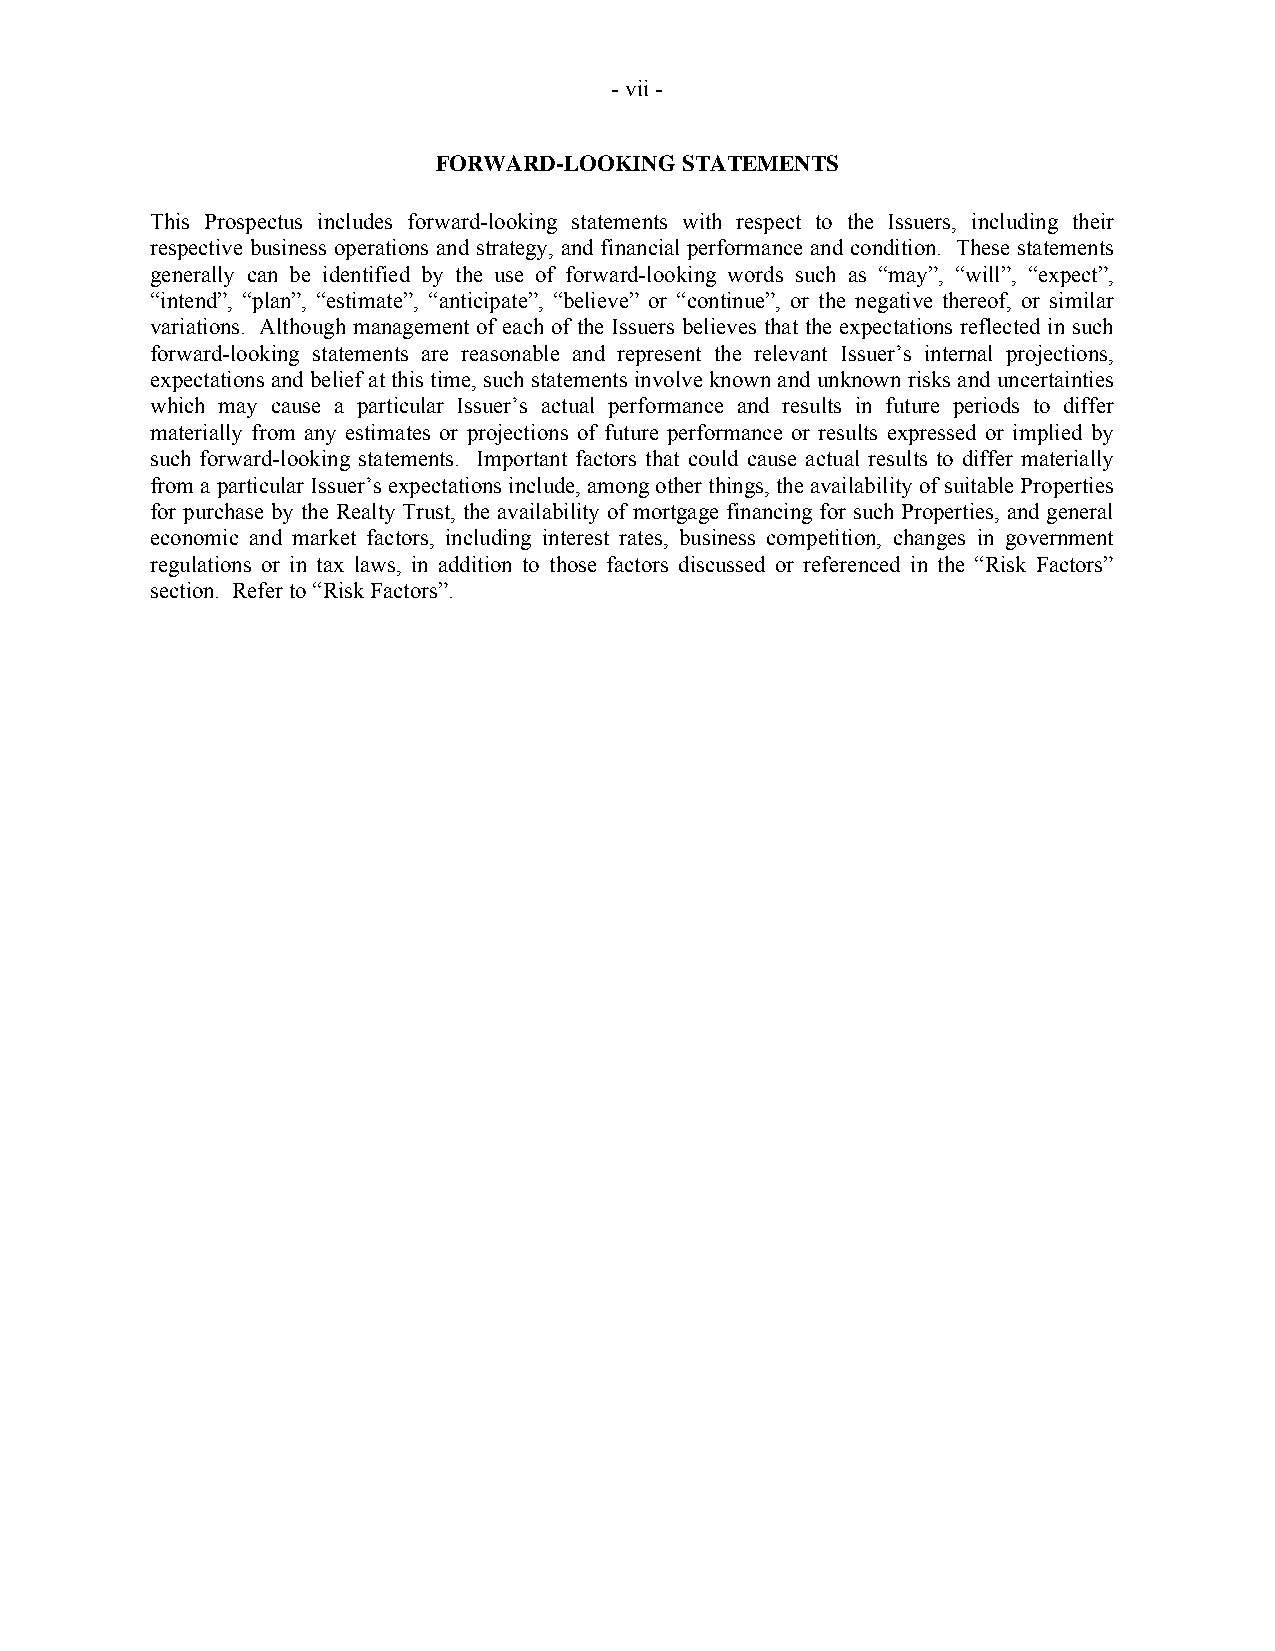
- vii -
 FORWARD-LOOKING STATEMENTS
 This Prospectus includes forward-looking statements with respect to the Issuers, including their
 respective business operations and strategy, and financial performance and condition. These statements
 generally can be identified by the use of forward-looking words such as “may”, “will”, “expect”,
 “intend”, “plan”, “estimate”, “anticipate”, “believe” or “continue”, or the negative thereof, or similar
 variations. Although management of each of the Issuers believes that the expectations reflected in such
 forward-looking statements are reasonable and represent the relevant Issuer’s internal projections,
 expectations and belief at this time, such statements involve known and unknown risks and uncertainties
 which may cause a particular Issuer’s actual performance and results in future periods to differ
 materially from any estimates or projections of future performance or results expressed or implied by
 such forward-looking statements. Important factors that could cause actual results to differ materially
 from a particular Issuer’s expectations include, among other things, the availability of suitable Properties
 for purchase by the Realty Trust, the availability of mortgage financing for such Properties, and general
 economic and market factors, including interest rates, business competition, changes in government
 regulations or in tax laws, in addition to those factors discussed or referenced in the “Risk Factors”
 section. Refer to “Risk Factors”.